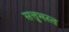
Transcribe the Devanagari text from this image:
सत्तुभस्त